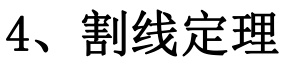
4、割线定理